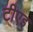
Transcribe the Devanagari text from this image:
टीएइ